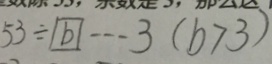
5 3 \div \boxed { b } \cdots 3 ( b > 3 )